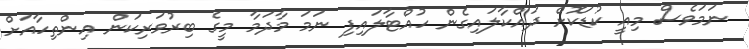
ނަމަވެސް މިއީ ކުޑަކޮށް ދައްކާލައިގެން ހުއްޓާލައިފި ނަމަ މާދަމާ މީގެ ބިރުވަރިކަން އިންތިހާއަށް